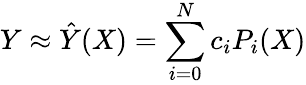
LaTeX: Y\approx\hat{Y}(X)=\sum_{i=0}^{N}c_{i}P_{i}(X)